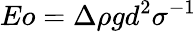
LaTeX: Eo=\Delta\rho gd^{2}\sigma^{-1}